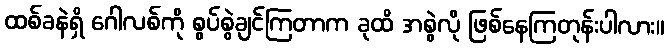
ထစ်ခနဲရှိ ဂေါလစ်ကို စွပ်စွဲချင်ကြတာက ခုထိ အစွဲလို ဖြစ်နေကြတုန်းပါလား။